Madras plague regulations in force outside the Presidency town - Volume 5
Disease focus: Plague
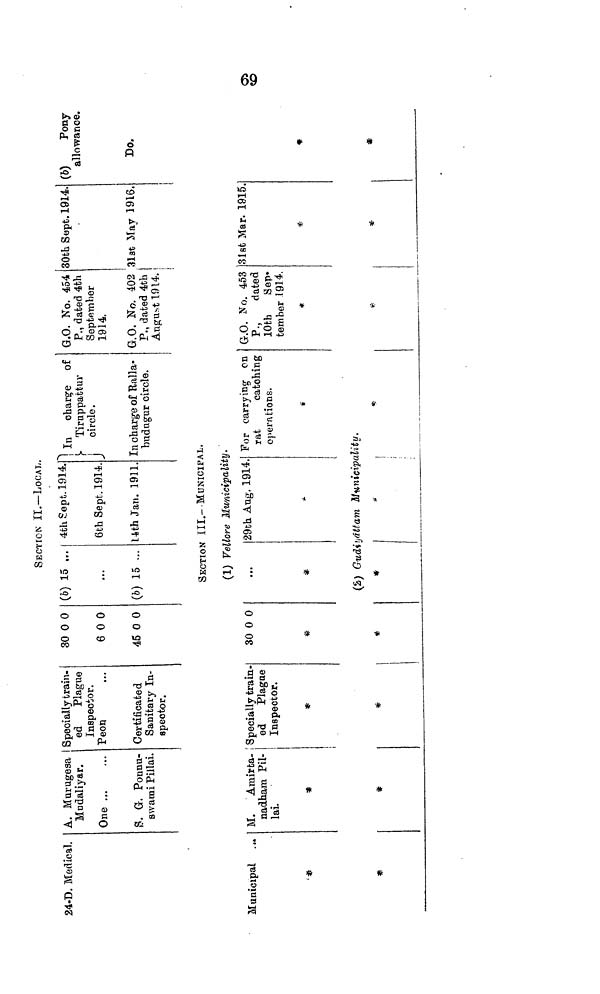
SECTION II. — LOCAL.
24-D. Medical. A. Marugesa
Mndaliyar,
One
S. G. Ponnu-
swami Pillai.
Specially train-
ed
Plague
Inspector.
Peon
Certificated
Sanitary In-
spector.
30 0 0
600
45 0 0
(b) 15
(b) 15 ...
4th Sept. 1.914.
6th Sept, 1914.
14th Jan. 1911.
In charge of
Tiruppattur
circle.
In charge of Ralla-
budugur circle.
G.O. No. 454
P., dated 4th
September
3914.
G.O. No. 402
P., dated 4th
August 1914.
30th Sept. 1914.
31st May 1916.
(b)
Pony
allowance.
Do.
SECTION III.- MUNICIPAL.
(1) Vellore Municipality .
Municipal ...
*
M. Amirta-
nadham Pil-
lai.
*
Specially train-
ed Plague
Inspector.
*
30 0 0
29th Aug. 1914. For carrying on
rat
catching
operations.
*
G.O. No. 453
P.,
dated
10th
Sep-
tember 1914.
*
31st Mar. 1915.
*
*
(2) Gudiyättam Municipality.
*
*
*
*
*
69